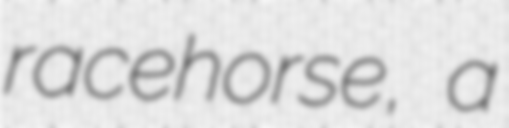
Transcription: racehorse, a